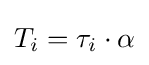
T_{i}=\tau _{i}\cdot \alpha